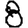
Digit: 8